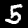
Digit: 5